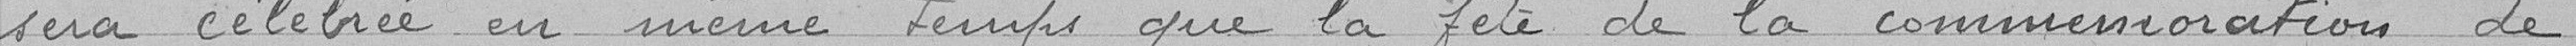
sera célébré en même temps que la fête de la commémoration de